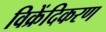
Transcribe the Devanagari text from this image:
विक्रेंदिकरण